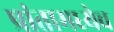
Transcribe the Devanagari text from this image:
प्रांतामध्येच